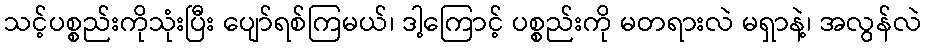
သင့်ပစ္စည်းကိုသုံးပြီး ပျော်ရစ်ကြမယ်၊ ဒါ့ကြောင့် ပစ္စည်းကို မတရားလဲ မရှာနဲ့၊ အလွန်လဲ